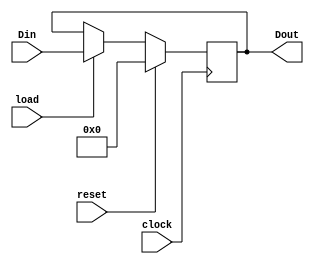
module REGISTER3 (Din, load, clock, reset, Dout);
parameter N = 32;
input clock;
input reset;
input load;
input [N-1:0] Din;
output [N-1:0] Dout;

reg [N-1:0] Dout;

always@(posedge clock)
	if (reset == 1) begin
		Dout <= 0;
		end
		
	else if(load == 1) begin
		Dout <= Din;
	end
	
endmodule